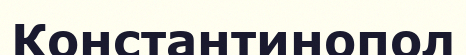
Константинопол